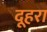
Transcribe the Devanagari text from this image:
दूहरा